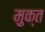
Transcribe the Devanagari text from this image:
मु़क्त